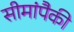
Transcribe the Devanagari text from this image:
सीमांपैकी